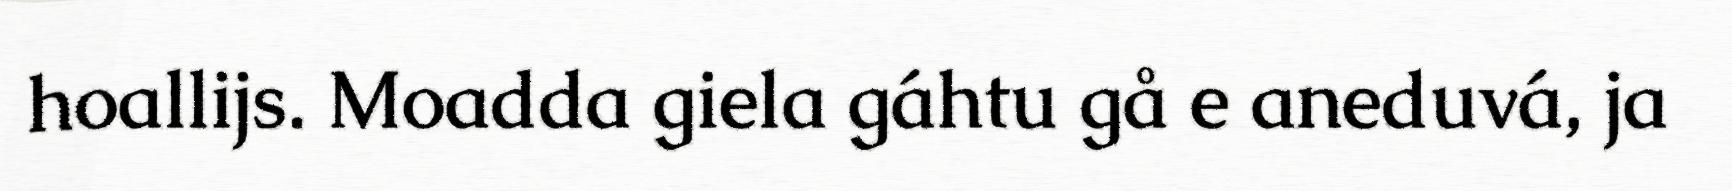
hoallijs. Moadda giela gáhtu gå e aneduvá, ja